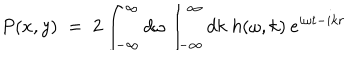
LaTeX: P ( x , y ) \; = \; 2 \int _ { - \infty } ^ { \infty } d \omega \int _ { - \infty } ^ { \infty } d k \; h ( \omega , k ) \: e ^ { i \omega t - i k r }